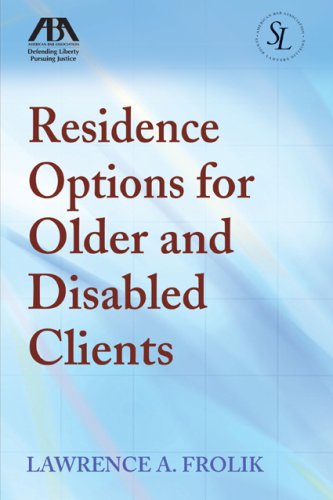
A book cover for Residence Options for Older and Disabled Clients; Lawrence A. Frolik; Law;